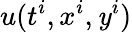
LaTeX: u(t^{i},x^{i},\mathit{y}^{i})